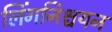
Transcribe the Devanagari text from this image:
लिंगनिश्चयन